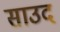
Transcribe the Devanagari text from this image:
साउद